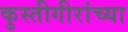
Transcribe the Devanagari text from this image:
कुस्तीगीरांच्या